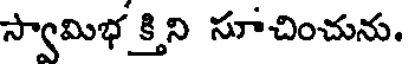
స్వామిభ క్తిని సూచించును.